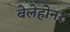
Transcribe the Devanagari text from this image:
बेलेहोनर